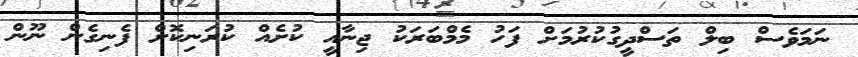
ނަމަވެސް ބިލް ތަސްދީގުކުރުމަށް ފަހު މެމްބަރަކު ޖިނާއީ ކުށެއް ކުރަނިކޮށް ފެނިގެން ނޫން